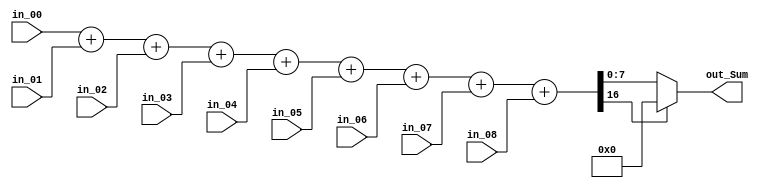
module Adder(in_00, in_01, in_02, in_03, in_04, in_05, in_06, in_07, in_08, out_Sum);
    parameter DATA_WIDTH = 16;
    
    input   [DATA_WIDTH - 1:0]  in_00, in_01, in_02, in_03, in_04, in_05, in_06, in_07, in_08;
    output  [DATA_WIDTH / 2 - 1:0]  out_Sum;

    wire [DATA_WIDTH:0] temp_Sum;

    assign temp_Sum = in_00 + in_01 + in_02 + in_03 + in_04 + in_05 + in_06 + in_07 + in_08;
    assign out_Sum = (temp_Sum[16]) ? 8'd0 : temp_Sum[7:0];
endmodule